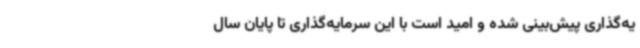
یه‌گذاری پیش‌بینی شده و امید است با این سرمایه‌گذاری تا پایان سال